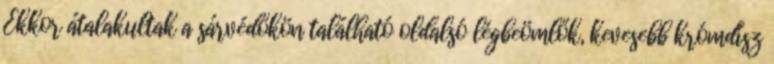
Ekkor átalakultak a sárvédőkön található oldalsó légbeömlők, kevesebb krómdísz